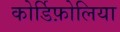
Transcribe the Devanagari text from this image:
कोर्डिफ़ोलिया